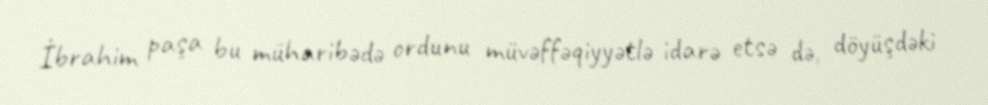
İbrahim paşa bu müharibədə ordunu müvəffəqiyyətlə idarə etsə də, döyüşdəki